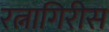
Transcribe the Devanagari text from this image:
रत्नागिरीस